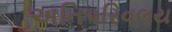
અતિપરિવલય